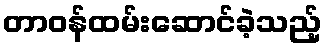
တာဝန်ထမ်းဆောင်ခဲ့သည့်